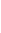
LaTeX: I\! \! \! \! \! \! \! \! \! \! \! \! _{\! \! \! \! \! \! \! \! \! \! \! \! \partial\! \! \! \! \! \! \! \! \! \! \! \! B\! \! \! \! \! \! \! \! \! \! \! \! _{i}}\! \! \! \! \! \! \! \! \! \! \! \! (\! \! \! \! \! \! \! \! \! \! \! \! \Phi\! \! \! \! \! \! \! \! \! \! \! \! ^{i}\! \! \! \! \! \! \! \! \! \! \! \! _{\! }\! \! \! \! \! \! \! \! \! \! \! *\! \! \! \! \! \! \! \! \! \! \! \! \ensuremath{\mathcal{Z}}\! \! \! \! \! \! \! \! \! \! \! \! )\! \! \! \! \! \! \! \! \! \! \! \! =I\! \! \! \! \! \! \! \! \! \! \! \! _{\! \! \! \! \! \! \! \! \! \! \! \! \partial\! \! \! \! \! \! \! \! \! \! \! \! B\! \! \! \! \! \! \! \! \! \! \! \! _{i}}\! \! \! \! \! \! \! \! \! \! \! \! (\! \! \! \! \! \! \! \! \! \! \! \! \Phi\! \! \! \! \! \! \! \! \! \! \! \! ^{i}\! \! \! \! \! \! \! \! \! \! \! \! _{\! }\! \! \! \! \! \! \! \! \! \! \! *\! \! \! \! \! \! \! \! \! \! \! \! \ensuremath{\mathcal{Z}}\! \! \! \! \! \! \! \! \! \! \! \! _{\! \! \! \! \! \! \! \! \! \! \! \! \varepsilon\! \! \! \! \! \! \! \! \! \! \! \! ^{\! }\! \! \! \! \! \! \! \! \! \! \! *}\! \! \! \! \! \! \! \! \! \! \! \! )\! \! \! \! \! \! \! \! \! \! \!